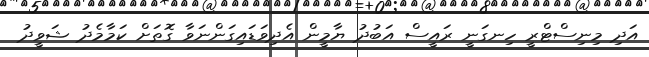
އަދި މިނިސްޓްރީ ހިނގަނީ ރައީސް އަބުދު ޔާމީން އެދިވަޑައިގަންނަވާ ގޮތަށް ކަމާމެދު ޝަވީދު